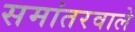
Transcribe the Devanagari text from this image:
समांतरवाले